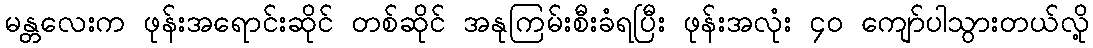
မန္တလေးက ဖုန်းအရောင်းဆိုင် တစ်ဆိုင် အနုကြမ်းစီးခံရပြီး ဖုန်းအလုံး ၄၀ ကျော်ပါသွားတယ်လို့